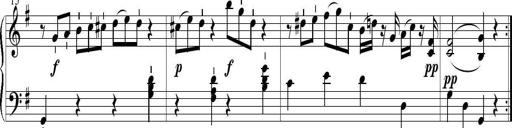
Title: 6 Leichte Sonatinen, Teil 1
Composer: F. Sigismund Sander